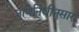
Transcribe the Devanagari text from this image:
नाणेनिधीनुसार